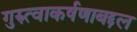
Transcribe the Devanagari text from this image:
गुरुत्वाकर्षणाबद्दल